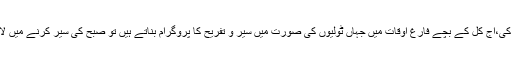
بات ہو رہی تھی صبح کی سیر کی،آج کل کے بچے فارغ اوقات میں جہاں ٹولیوں کی صورت میں سیر و تفریح کا پروگرام بناتے ہیں تو صبح کی سیر کرنے میں لاپرواہی سے کیوں کام لیتے ہیں۔